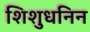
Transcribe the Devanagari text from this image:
शिशुधनिन